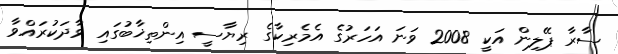
ސާރާ ޕޭލިން އަކީ 2008 ވަނަ އަހަރުގެ އެމެރިކާގެ ރިޔާސީ އިންތިޚާބުގައި ވާދަކުރައްވާ